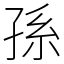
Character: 孫